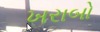
ખરાબો